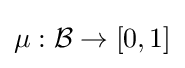
\mu :{\mathcal {B}}\rightarrow [0,1]